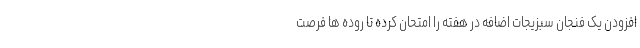
افزودن یک فنجان سبزیجات اضافه در هفته را امتحان کرده تا روده ها فرصت